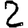
Digit: 2